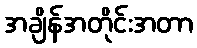
အချိန်အတိုင်းအတာ